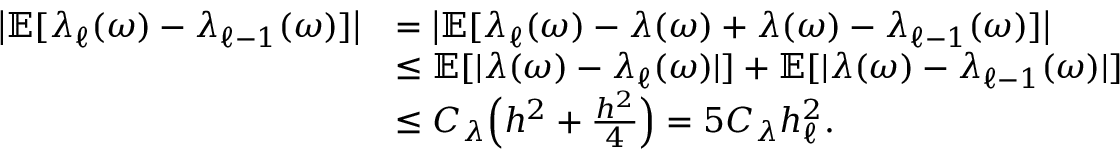
\begin{array} { r l } { \big | \mathbb { E } [ \lambda _ { \ell } ( \omega ) - \lambda _ { \ell - 1 } ( \omega ) ] \big | } & { = \big | \mathbb { E } [ \lambda _ { \ell } ( \omega ) - \lambda ( \omega ) + \lambda ( \omega ) - \lambda _ { \ell - 1 } ( \omega ) ] \big | } \\ & { \leq \mathbb { E } [ | \lambda ( \omega ) - \lambda _ { \ell } ( \omega ) | ] + \mathbb { E } [ | \lambda ( \omega ) - \lambda _ { \ell - 1 } ( \omega ) | ] } \\ & { \leq C _ { \lambda } \Big ( h ^ { 2 } + \frac { h ^ { 2 } } { 4 } \Big ) = 5 C _ { \lambda } h _ { \ell } ^ { 2 } . } \end{array}